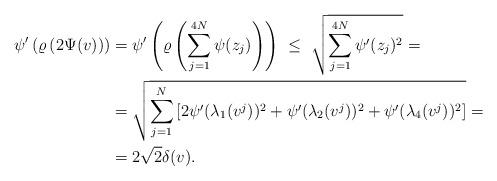
LaTeX: \begin{align*}\psi^{\prime}\left(\varrho \left(2 \Psi(v)\right)\right) & = \psi^{\prime}\left(\varrho \left(\sum_{j=1}^{4N}\psi(z_j)\right)\right) \ \leq \ \sqrt{\sum_{j=1}^{4N} \psi^{\prime}(z_j)^2}= \\& = \sqrt{\sum_{j=1}^{N} \left[2\psi^{\prime}(\lambda_1(v^j))^2+\psi^{\prime}(\lambda_2(v^j))^2+\psi^{\prime}(\lambda_4(v^j))^2\right]}= \\& = 2 \sqrt{2} \delta(v).\end{align*}